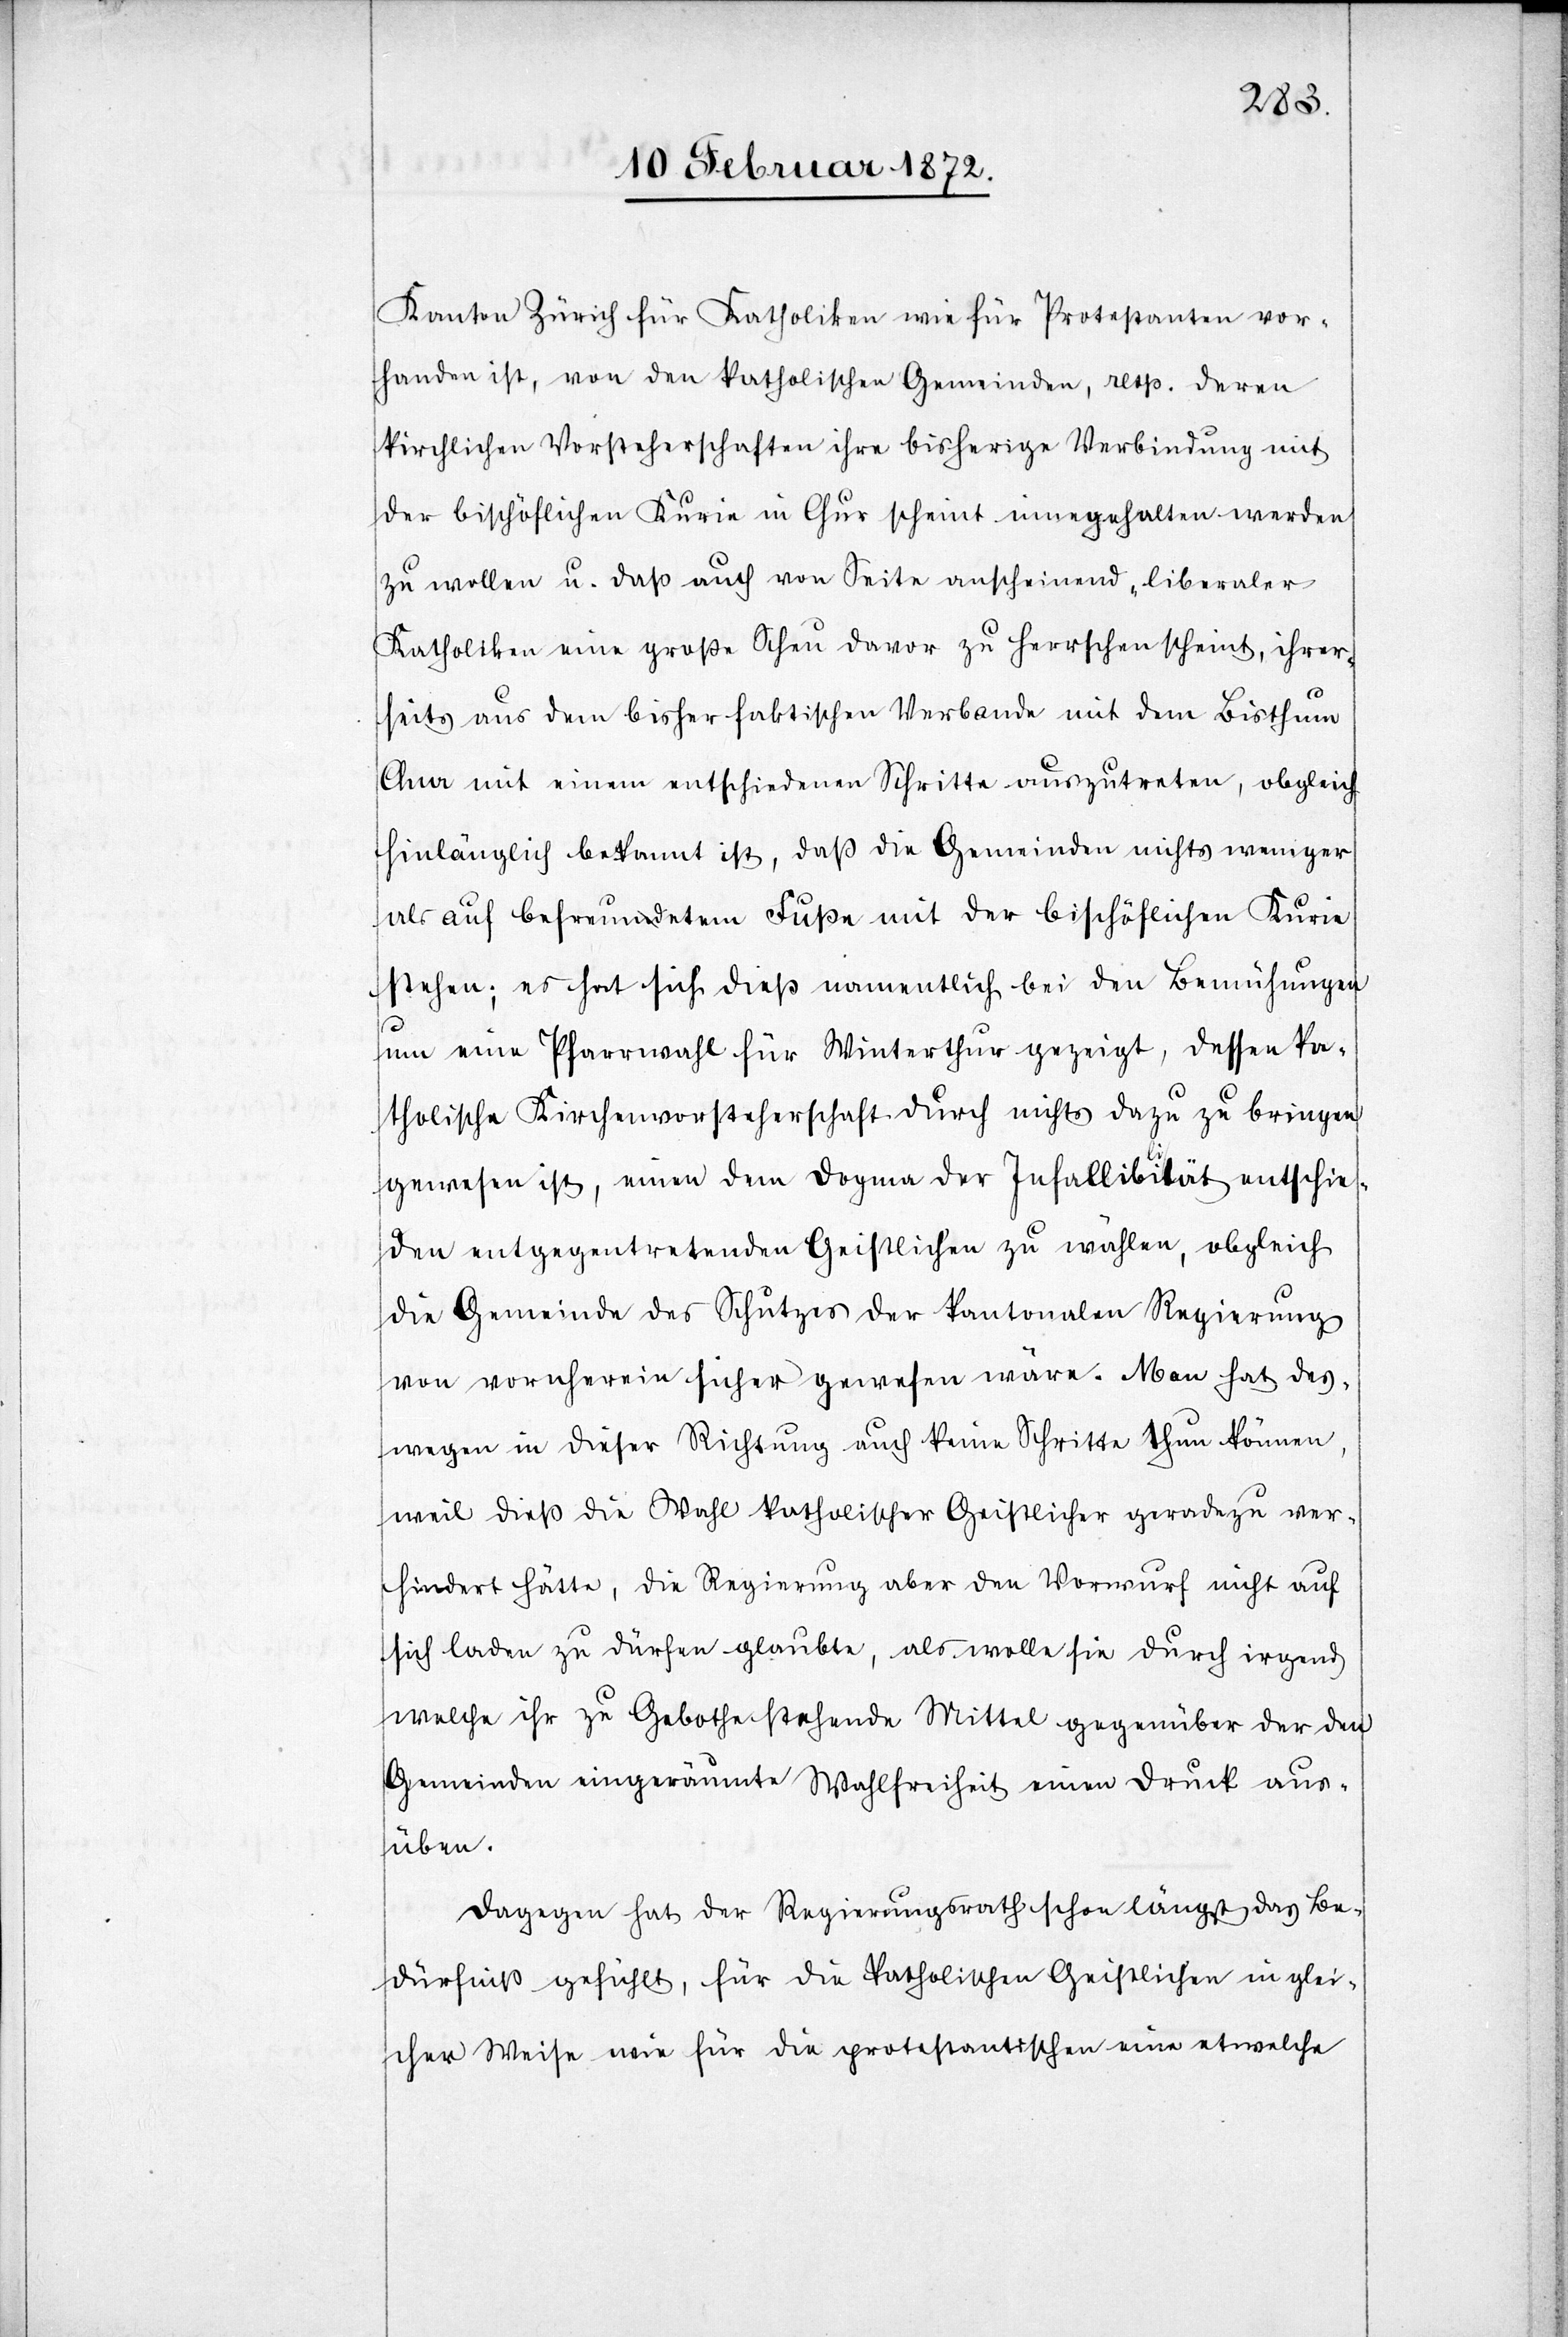
Kanton Zürich für Katholiken wie für Protestanten vor¬
handen ist, von den katholischen Gemeinden, resp. deren
kirchlichen Vorsteherschaften ihre bisherigen Verbindung mit
der bischöflichen Kurie in Chur scheint innegehalten werden
zu wollen u. daß auch von Seite anscheinend „liberaler“
Katholiken eine große Schau davor zu herrschen scheint, ihrer¬
seits aus dem bisher faktischen Verbande mit dem Bisthum
Chur mit einem entschiedenen Schritte auszutreten, obgleich
hinlänglich bekannt ist, daß die Gemeinden nichts weniger
als auf befreundetem Fuße mit der bischöflichen Kurie
stehen; es hat sich dieß namentlich bei den Bemühungen
um eine Pfarrwahl für Winterthur gezeigt, dessen ka¬
tholische Kirchenvorsteherschaft durch nichts dazu zu bringen
gewesen ist, einen dem Dogma der Infallibilität entschie¬
den entgegentretenden Geistlichen zu wählen, obgleich
die Gemeinde des Schutzes der kantonalen Regierung
von vornherein sicher gewesen wäre. Man hat des¬
wegen in dieser Richtung auch keine Schritte thun können,
weil dieß die Wahl katholischer Geistlicher geradezu ver¬
hindert hätte, die Regierung aber den Vorwurf nicht auf
sich laden zu dürfen glaubte, als wolle sie durch irgend
welche ihr zu Gebothe stehende Mittel gegenüber der den
Gemeinden eingeräumten Wahlfreiheit einen Druck aus¬
üben.
Dagegen hat der Regierungsrath schon längst das Be¬
dürniß gefühlt, für die katholischen Geistliche in glei¬
cher Weise wie für die protestantischen eine etwelche